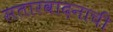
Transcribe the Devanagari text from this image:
सतारवादनाची